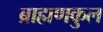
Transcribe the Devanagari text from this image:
ब्राह्मणकुल